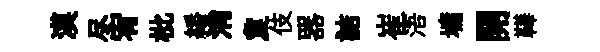
漠尽宥枇繙消夐伎器詰崔浯墉開鞾